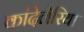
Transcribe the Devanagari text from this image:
कांदेलेरिया